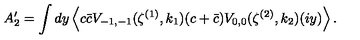
A _ { 2 } ^ { \prime } = \int d y \left\langle c \bar { c } V _ { - 1 , - 1 } ( \zeta ^ { ( 1 ) } , k _ { 1 } ) ( c + \bar { c } ) V _ { 0 , 0 } ( \zeta ^ { ( 2 ) } , k _ { 2 } ) ( i y ) \right\rangle .